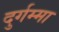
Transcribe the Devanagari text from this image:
दुर्गम्मा